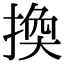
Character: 換